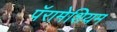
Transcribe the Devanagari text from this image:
पॅरामेशियम